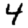
Digit: 4